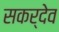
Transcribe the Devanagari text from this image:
सकर्देव